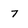
Character: 7